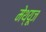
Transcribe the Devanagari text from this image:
मेथ्यूज